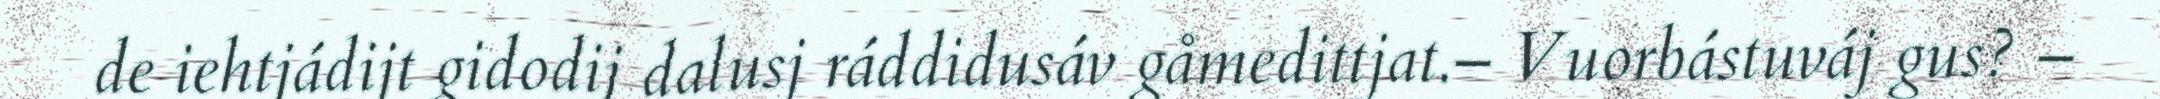
de iehtjádijt gidodij dalusj ráddidusáv gåmedittjat.– Vuorbástuváj gus? –